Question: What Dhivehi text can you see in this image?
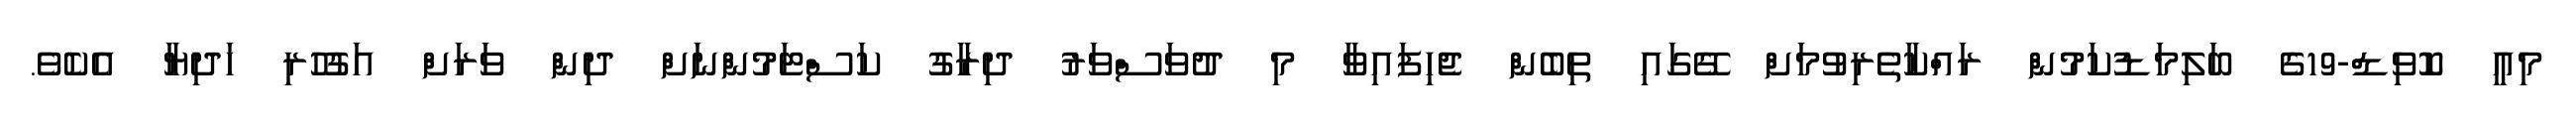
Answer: މިއީ ކޮވިޑް-19ގެ ބަލިމަޑުކަމުން ރައްކާތެރިވުމަށް ގޭގައި ތިބެން ޖެހިފައިވާ މި ދުވަސްވަރު ދިރާގު ކަސްޓަމުންނަށް ދިން ވަރަށް އަގުހުރި ހަދިޔާ އެކެވެ.